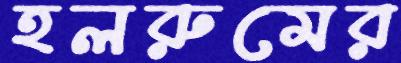
হলরুমের